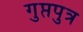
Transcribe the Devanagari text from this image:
गुप्तपुत्र